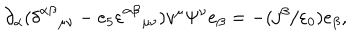
\partial _ { \alpha } ( \delta _ { \quad \mu \nu } ^ { \alpha \beta } - e _ { 5 } \varepsilon _ { \quad \mu \nu } ^ { \alpha \beta } ) v ^ { \mu } \Psi ^ { \nu } e _ { \beta } = - ( j ^ { \beta } / \varepsilon _ { 0 } ) e _ { \beta } ,